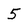
Character: 5